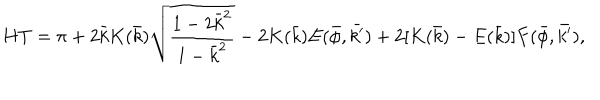
H T = \pi + 2 \bar { k } K ( \bar { k } ) \sqrt { \frac { 1 - 2 \bar { k } ^ { 2 } } { 1 - \bar { k } ^ { 2 } } } - 2 K ( \bar { k } ) E ( \bar { \phi } , \bar { k ^ { \prime } } ) + 2 [ K ( \bar { k } ) - E ( \bar { k } ) ] F ( \bar { \phi } , \bar { k ^ { \prime } } ) ,